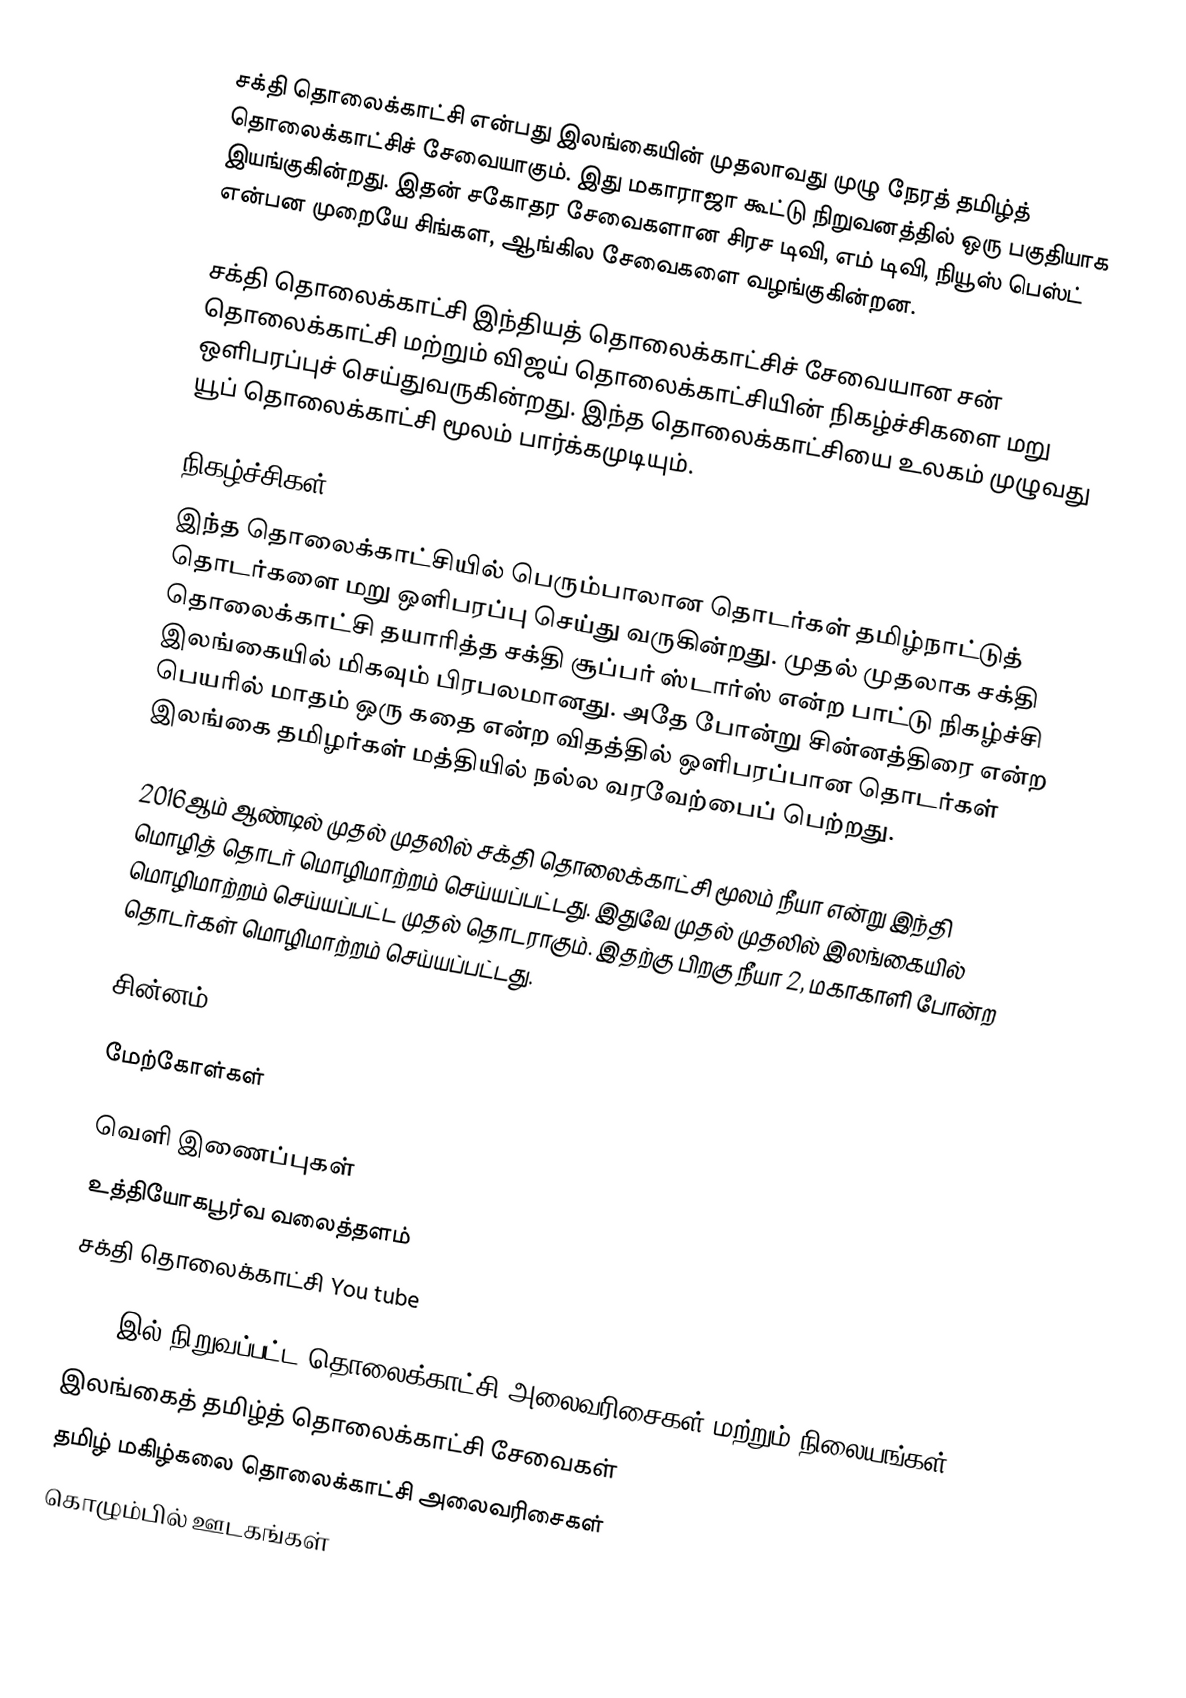
சக்தி தொலைக்காட்சி என்பது இலங்கையின் முதலாவது முழு நேரத் தமிழ்த் தொலைக்காட்சிச் சேவையாகும். இது மகாராஜா கூட்டு நிறுவனத்தில் ஒரு பகுதியாக இயங்குகின்றது. இதன் சகோதர சேவைகளான சிரச டிவி,  எம் டிவி, நியூஸ் பெஸ்ட் என்பன முறையே சிங்கள, ஆங்கில சேவைகளை வழங்குகின்றன.

சக்தி தொலைக்காட்சி இந்தியத் தொலைக்காட்சிச் சேவையான சன் தொலைக்காட்சி மற்றும் விஜய் தொலைக்காட்சியின் நிகழ்ச்சிகளை மறு ஒளிபரப்புச் செய்துவருகின்றது. இந்த தொலைக்காட்சியை உலகம் முழுவது யூப் தொலைக்காட்சி மூலம் பார்க்கமுடியும்.

நிகழ்ச்சிகள்
இந்த தொலைக்காட்சியில் பெரும்பாலான தொடர்கள் தமிழ்நாட்டுத் தொடர்களை மறு ஒளிபரப்பு செய்து வருகின்றது.  முதல் முதலாக சக்தி தொலைக்காட்சி தயாரித்த சக்தி சூப்பர் ஸ்டார்ஸ் என்ற பாட்டு நிகழ்ச்சி இலங்கையில் மிகவும் பிரபலமானது. அதே போன்று சின்னத்திரை என்ற பெயரில் மாதம் ஒரு கதை என்ற விதத்தில் ஒளிபரப்பான தொடர்கள் இலங்கை தமிழர்கள் மத்தியில் நல்ல வரவேற்பைப் பெற்றது.

2016ஆம் ஆண்டில் முதல் முதலில் சக்தி தொலைக்காட்சி மூலம் நீயா என்று இந்தி மொழித் தொடர் மொழிமாற்றம் செய்யப்பட்டது. இதுவே முதல் முதலில் இலங்கையில் மொழிமாற்றம் செய்யப்பட்ட முதல் தொடராகும். இதற்கு பிறகு நீயா 2, மகாகாளி போன்ற தொடர்கள் மொழிமாற்றம் செய்யப்பட்டது.

சின்னம்

மேற்கோள்கள்

வெளி இணைப்புகள்
 உத்தியோகபூர்வ வலைத்தளம்
 சக்தி தொலைக்காட்சி You tube

1998 இல் நிறுவப்பட்ட தொலைக்காட்சி அலைவரிசைகள் மற்றும் நிலையங்கள்
இலங்கைத் தமிழ்த் தொலைக்காட்சி சேவைகள்
தமிழ் மகிழ்கலை தொலைக்காட்சி அலைவரிசைகள்
கொழும்பில் ஊடகங்கள்